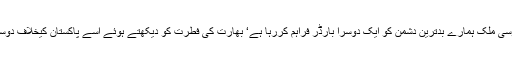
ہمارا مسلم برادر اور پڑوسی ملک ہمارے بدترین دشمن کو ایک دوسرا بارڈر فراہم کررہا ہے‘ بھارت کی فطرت کو دیکھتے ہوئے اسے پاکستان کیخلاف دوسرا امحاذ کہا جاسکتا ہے۔